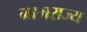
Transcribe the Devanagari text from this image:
ग्रामराज्य